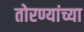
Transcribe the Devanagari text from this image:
तोरण्यांच्या